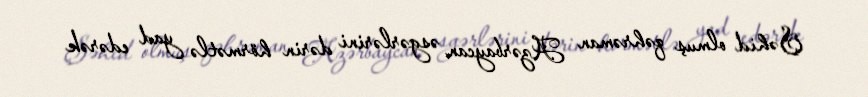
Şəhid olmuş qəhrəman Azərbaycan əsgərlərini dərin hörmətlə yad edərək